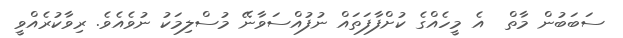
ސަބަބުން މާތް  އެ މީހެއްގެ ކުށްފާފަތައް ނުފުއްސަވާނޭ މުސްލިމަކު ނުވެއެވެ. ރިވާކުރެއްވީ